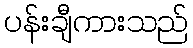
ပန်းချီကားသည်